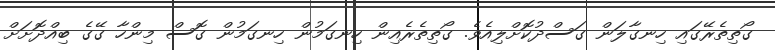
ގޯތިތެރޭގައި ހިނގާލަން ގަސްދުކޮށްލިއެވެ. ގޯތިތެރެއިން ހިނގަމުން ހިނގަމުން ގޮސް މިންހާ ގޭގެ ބިއްދޮށަށް